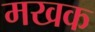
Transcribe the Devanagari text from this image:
मखक